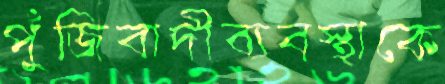
পুঁজিবাদীব্যবস্থাকে